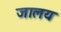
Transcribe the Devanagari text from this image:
जालय